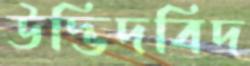
উদ্ভিদবিদ